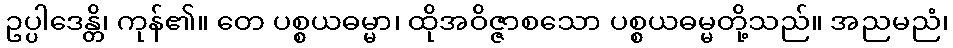
ဥပ္ပါဒေန္တိ၊ ကုန်၏။ တေ ပစ္စယဓမ္မာ၊ ထိုအဝိဇ္ဇာစသော ပစ္စယဓမ္မတို့သည်။ အညမညံ၊